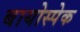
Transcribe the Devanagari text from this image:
बायोस्पेक